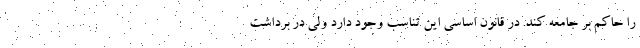
را حاکم بر جامعه کند. در قانون اساسی این تناسب وجود دارد ولی در برداشت